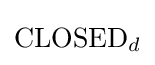
\mathrm {CLOSED} _{d}